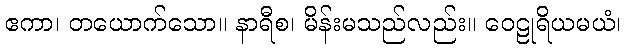
ဧကာ၊ တယောက်သော။ နာရီစ၊ မိန်းမသည်လည်း။ ဝေဠုရိယမယံ၊